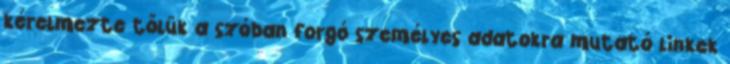
kérelmezte tőlük a szóban forgó személyes adatokra mutató linkek